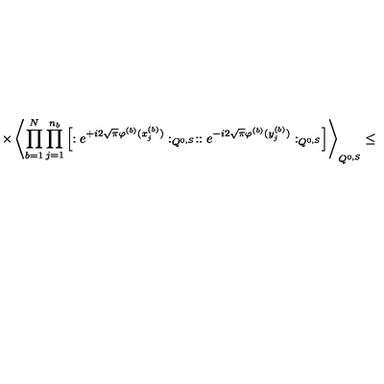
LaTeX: \times \left\langle \prod _ { b = 1 } ^ { N } \prod _ { j = 1 } ^ { n _ { b } } \left[ : e ^ { + i 2 \sqrt { \pi } \varphi ^ { ( b ) } ( x _ { j } ^ { ( b ) } ) } : _ { Q ^ { 0 , S } } : : e ^ { - i 2 \sqrt { \pi } \varphi ^ { ( b ) } ( y _ { j } ^ { ( b ) } ) } : _ { Q ^ { 0 , S } } \right] \right\rangle _ { Q ^ { 0 , S } } \leq